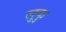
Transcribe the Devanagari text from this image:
लुकु